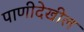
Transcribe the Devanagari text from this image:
पाणीदेखील